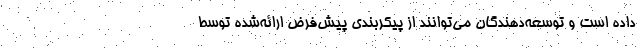
داده است و توسعه‌دهندگان می‌توانند از پیکربندی پیش‌فرض ارائه‌شده توسط